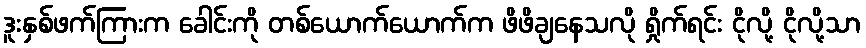
ဒူးနှစ်ဖက်ကြားက ခေါင်းကို တစ်ယောက်ယောက်က ဖိဖိချနေသလို ရှိုက်ရင်း ငိုလို့ ငိုလို့သာ